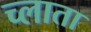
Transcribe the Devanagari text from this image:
च्लाता